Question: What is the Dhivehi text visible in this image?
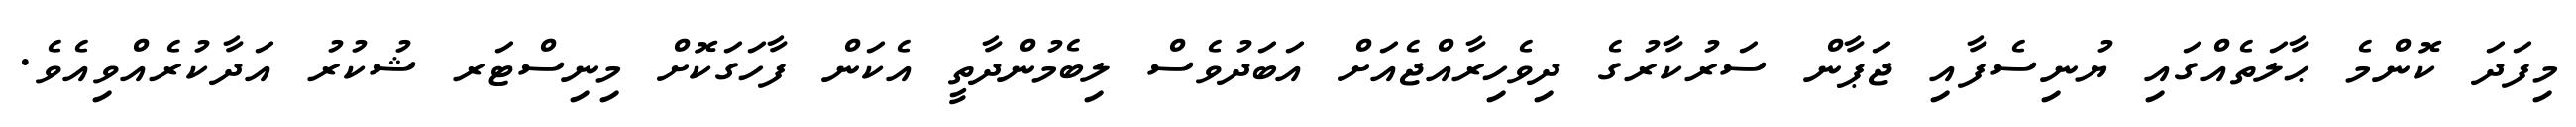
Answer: މިފަދަ ކޮންމެ ޙާލަތެއްގައި ޔުނިސެފާއި ޖަޕާން ސަރުކާރުގެ ދިވެހިރާއްޖެއަށް އަބަދުވެސް ލިބެމުންދާތީ އެކަން ފާހަގަކޮށް މިނިސްޓަރ ޝުކުރު އަދާކުރެއްވިއެވެ.